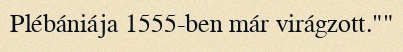
Plébániája 1555-ben már virágzott.""